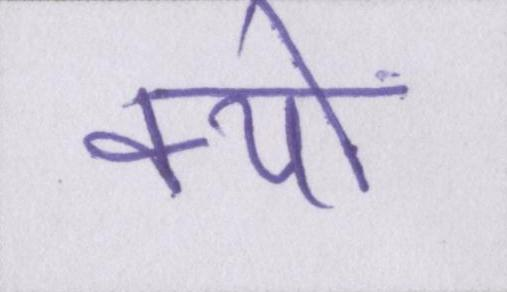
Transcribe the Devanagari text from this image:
क्यों